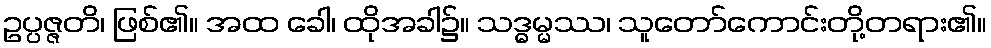
ဥပ္ပဇ္ဇတိ၊ ဖြစ်၏။ အထ ခေါ၊ ထိုအခါ၌။ သဒ္ဓမ္မဿ၊ သူတော်ကောင်းတို့တရား၏။